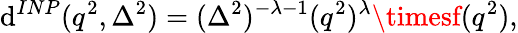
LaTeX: \mathrm{d}^{INP}(q^{2},\Delta^{2})=(\Delta^{2})^{-\lambda-1}(q^{2})^{\lambda}\timesf(q^{2}),